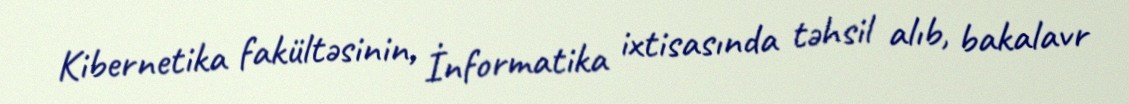
Kibernetika fakültəsinin, İnformatika ixtisasında təhsil alıb, bakalavr